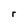
Character: r